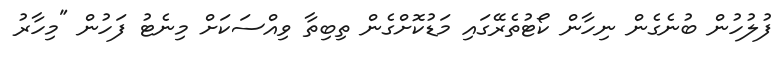
ފުލުހުން ބުނެގެން ނިހާން ކޯޓުތެރޭގައި މަޑުކޮށްގެން ތިބިތާ ވިއްސަކަށް މިނެޓު ފަހުން "މިހާރު